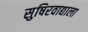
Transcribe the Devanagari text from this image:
सुषिरवाद्याला